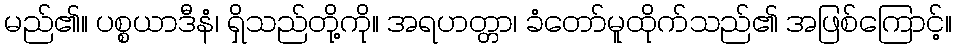
မည်၏။ ပစ္စယာဒီနံ၊ ရှိသည်တို့ကို။ အရဟတ္တာ၊ ခံတော်မူထိုက်သည်၏ အဖြစ်ကြောင့်။